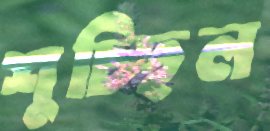
শুচ্ছিল